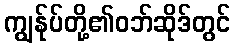
ကျွန်ုပ်တို့၏ဝဘ်ဆိုဒ်တွင်